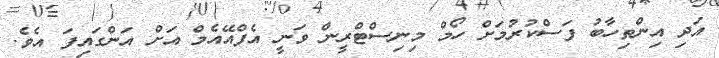
އަދި އިންތިހާބު ފަސްކުރުމަށް ހޯމް މިނިސްޓްރީން ވަނީ އެފްއޭއެމް އަށް އަންގައިފަ އެވެ.